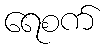
ရေစက်